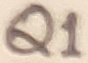
Text: Q1